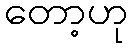
တော့ဟု